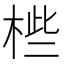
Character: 𣒄